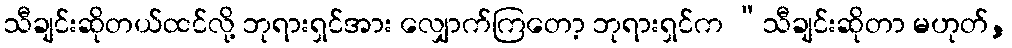
သီချင်းဆိုတယ်ထင်လို့ ဘုရားရှင်အား လျှောက်ကြတော့ ဘုရားရှင်က “သီချင်းဆိုတာ မဟုတ်,